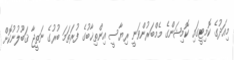
މިއަދުގެ ކޮމިޓީގައި ކޮމިޝަންގެ މެމްބަރުންވަނީ ރިޔާސީ އިންތިޚާބުގެ ފުރަތަމަ ބުރުގެ ނަތީޖާ ޤަބޫލުނުކޮށް